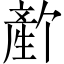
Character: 𬎻